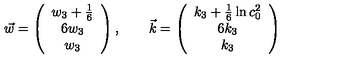
\vec { w } = \left( \begin{array} { c } { w _ { 3 } + \frac { 1 } { 6 } } \\ { 6 w _ { 3 } } \\ { w _ { 3 } } \\ \end{array} \right) , \qquad \vec { k } = \left( \begin{array} { c } { k _ { 3 } + \frac { 1 } { 6 } \ln c _ { 0 } ^ { 2 } } \\ { 6 k _ { 3 } } \\ { k _ { 3 } } \\ \end{array} \right)